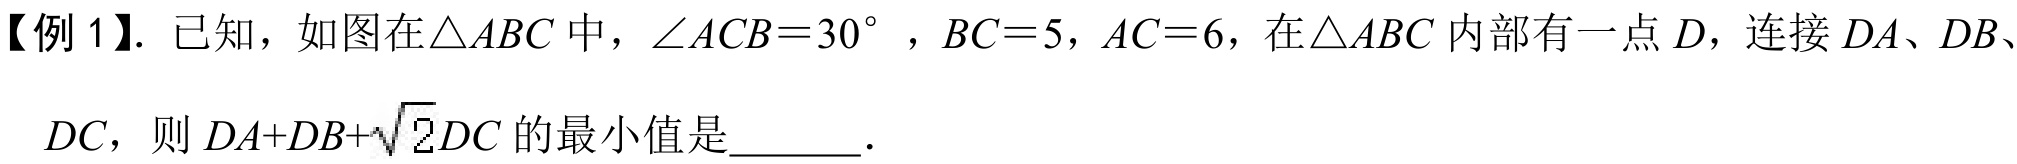
【例 1】. 已知，如图在\(\triangle ABC\)中，\(\angle ACB = 30^{\circ}\)，\(BC = 5\)，\(AC = 6\)，在\(\triangle ABC\)内部有一点\(D\)，连接\(DA\)、\(DB\)、
\(DC\)，则\(DA + DB+\sqrt{2}DC\)的最小值是  ．